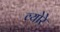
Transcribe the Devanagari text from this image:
व्योरे